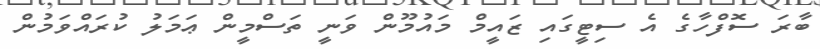
ބާރަ ސޮފްހާގެ އެ ސިޓީގައި ޒައީމް މައުމޫން ވަނީ ތަސްމީން ޢަމަލު ކުރައްވަމުން